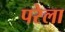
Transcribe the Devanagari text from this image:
परेला